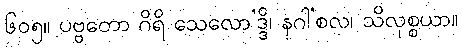
၆၀၅။ ပဗ္ဗတော ဂိရိ သေလော’ဒ္ဒိ၊ နဂါ’စလ၊ သိလုစ္စယာ။